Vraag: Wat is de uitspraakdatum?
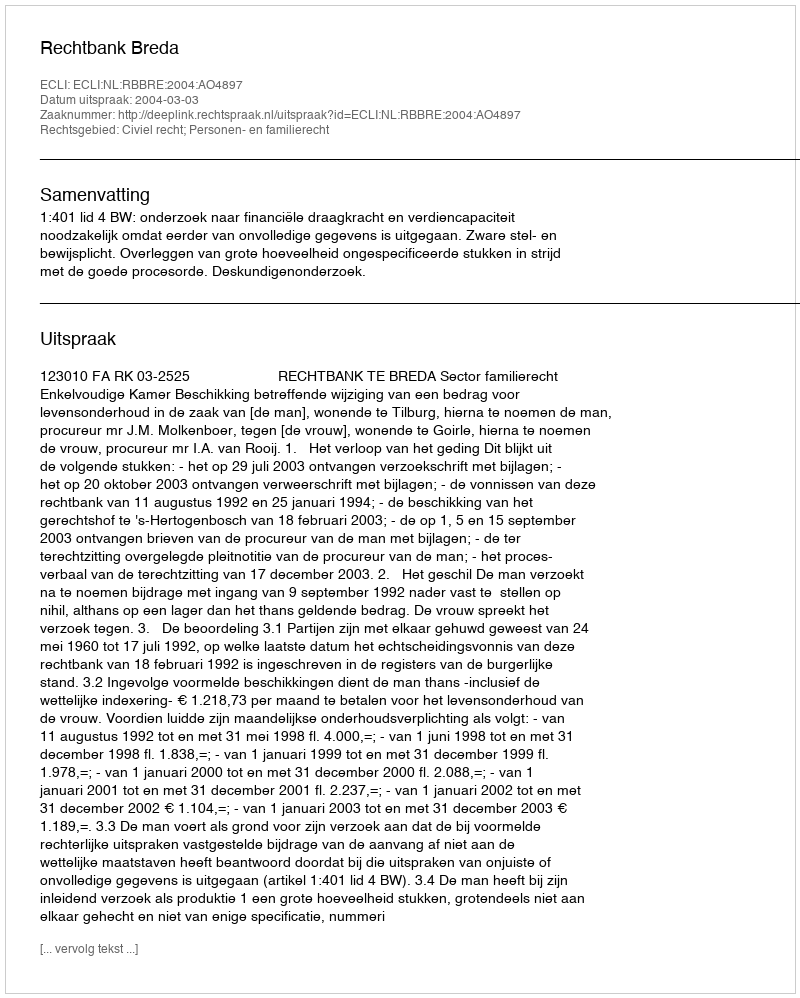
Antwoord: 2004-03-03